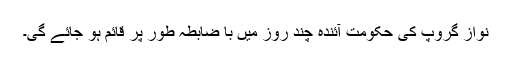
نواز گروپ کی حکومت آئندہ چند روز میں با ضابطہ طور پر قائم ہو جائے گی۔